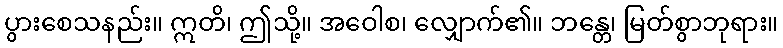
ပွားစေသနည်း။ ဣတိ၊ ဤသို့။ အဝေါစ၊ လျှောက်၏။ ဘန္တေ၊ မြတ်စွာဘုရား။